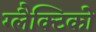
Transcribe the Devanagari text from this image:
ग्‍लैक्टिको